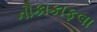
નૌકાકાફલા